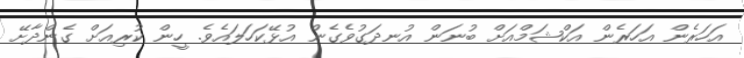
އަހަރެން އަހަރެން އަކްޝަމްއަށް ބުނަން އުނދަގުވެގެން އުޅޭކަހަލައެވެ. ހީން ކުރިއަށް ގެންދާށޭ